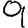
Digit: 9